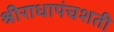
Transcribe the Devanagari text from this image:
श्रीराधापंचशती